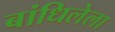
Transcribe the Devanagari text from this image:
बांधिलेला